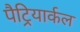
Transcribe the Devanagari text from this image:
पैट्रियार्कल